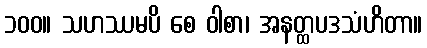
၁၀၀။ သဟဿမပိ စေ ဝါစာ၊ အနတ္ထပဒသံဟိတာ။